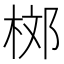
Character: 𣒒